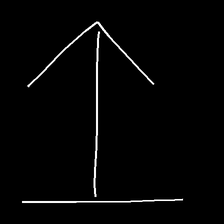
Glyph: levitation